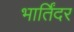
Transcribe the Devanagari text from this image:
भार्तिंदर